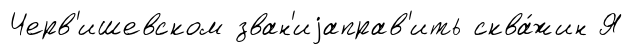
Черв'ишевском зван'иjаправ'ить сква́жин Я